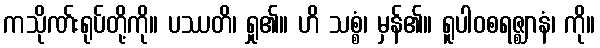
ကသိုဏ်းရုပ်တို့ကို။ ပဿတိ၊ ရှု၏။ ဟိ သစ္စံ၊ မှန်၏။ ရူပါဝစရဇ္ဈာနံ၊ ကို။